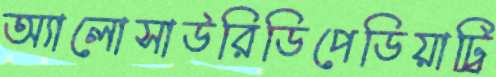
অ্যালোসাউরিডিপেডিয়াট্রি